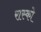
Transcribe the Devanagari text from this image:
रास्को